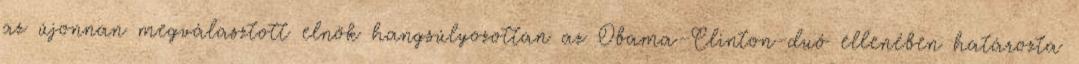
az újonnan megválasztott elnök hangsúlyozottan az Obama–Clinton-duó ellenében határozta